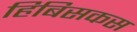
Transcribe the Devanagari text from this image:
हिबिसकस